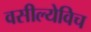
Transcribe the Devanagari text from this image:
वसील्येविच